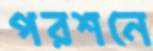
পরশনে